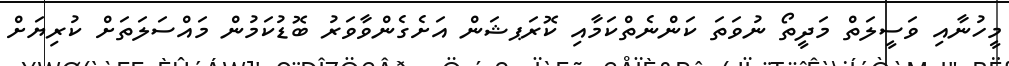
މީހުނާއި ވަސީލަތް މަދީތޯ ނުވަތަ ކަންނެތްކަމާއި ކޮރަޕޝަން އަށެގެންވާވަރު ބޮޑުކަމުން މައްސަލަތަށް ކުރިޔަށް